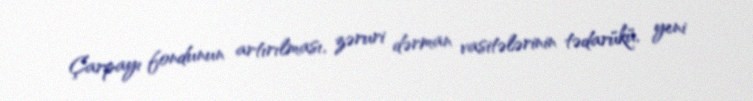
Çarpayı fondunun artırılması, zəruri dərman vasitələrinin tədarükü, yeni